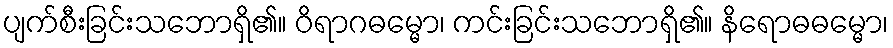
ပျက်စီးခြင်းသဘောရှိ၏။ ဝိရာဂဓမ္မော၊ ကင်းခြင်းသဘောရှိ၏။ နိရောဓဓမ္မော၊